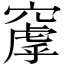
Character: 𬔑